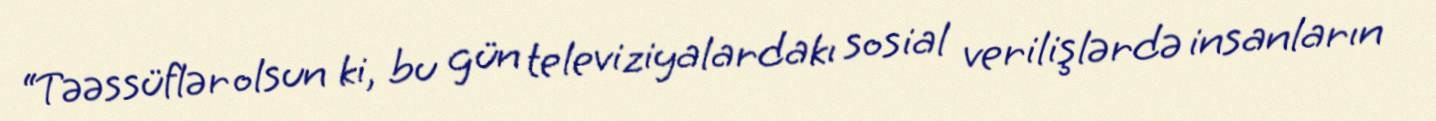
“Təəssüflər olsun ki, bu gün televiziyalardakı sosial verilişlərdə insanların